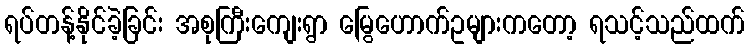
ရပ်တန့်နိုင်ခဲ့ခြင်း အစုကြီးကျေးရွာ မြွေဟောက်ဥများကတော့ ရသင့်သည်ထက်